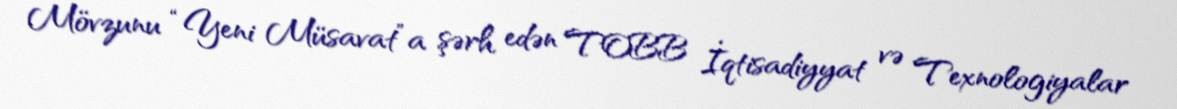
Mövzunu “Yeni Müsavat”a şərh edən TOBB İqtisadiyyat və Texnologiyalar